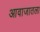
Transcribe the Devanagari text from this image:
आवाजातला